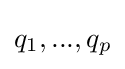
q_{1},...,q_{p}